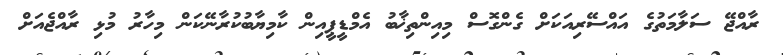
ރާއްޖޭ ސަލާމަތުގެ އައްސޭރިއަކަށް ގެންގޮސް މިއިންތިޚާބު އެމްޑީޕީއިން ކާމިޔާބުކުރާނޭކަން މިހާރު މުޅި ރާއްޖެއަށް